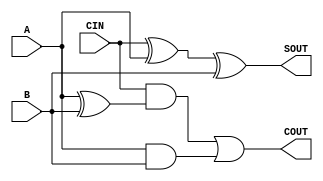
module fullAdd(A,B, CIN, SOUT, COUT);
    input A, B, CIN;
    output SOUT, COUT;
    assign SOUT = CIN ^ A ^ B;
    assign COUT = (CIN & (A ^ B))|(A&B);
endmodule